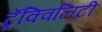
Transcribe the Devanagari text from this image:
ट्रँक्विलिटी